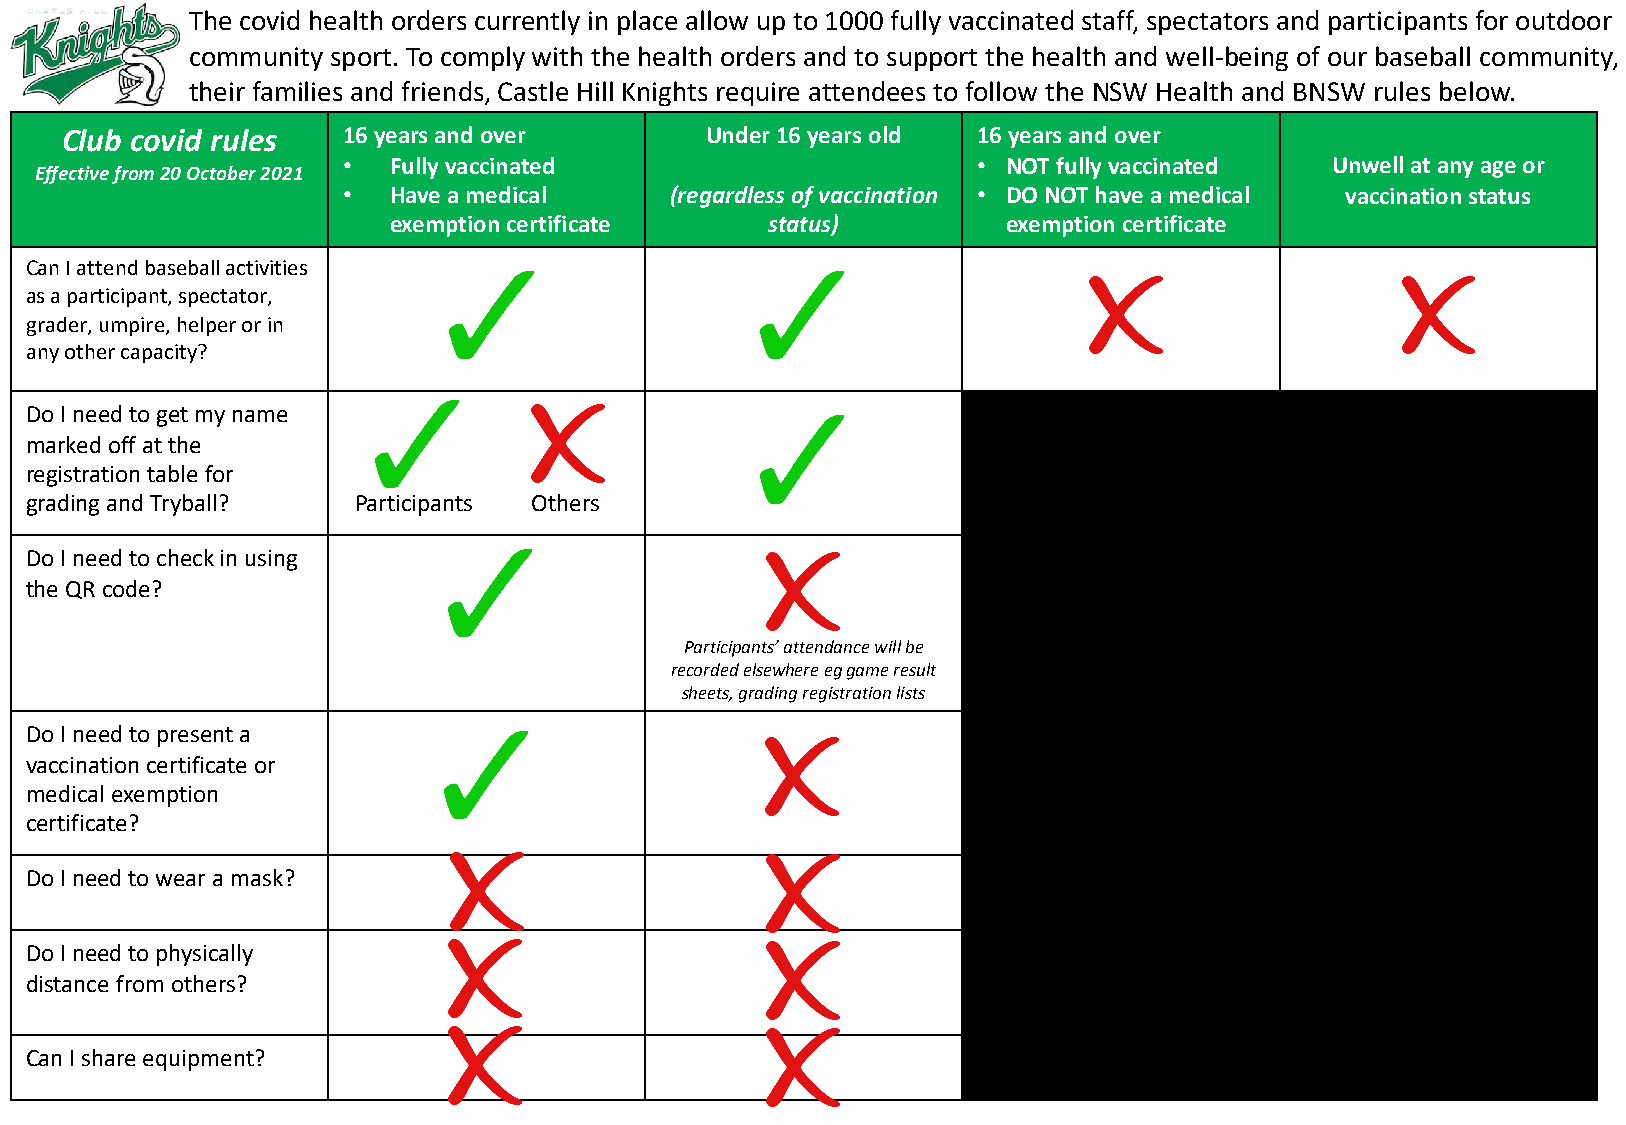
The covid health orders currently in place allow up to 1000 fully vaccinated staff, spectators and participants for outdoor
 community sport. To comply with the health orders and to support the health and well-being of our baseball community,
 their families and friends, Castle Hill Knights require attendees to follow the NSW Health and BNSW rules below.
 Club covid rules   16 years and over       Under 16 years old 16 years and over
 •  Fully vaccinated                       • NOT fully vaccinated Unwell at any age or
 Effective from 20 October 2021
 •  Have a medical    (regardless of vaccination • DO NOT have a medical vaccination status
 exemption certificate    status)         exemption certificate
 Can I attend baseball activities
 as a participant, spectator,
 grader, umpire, helper or in
 any other capacity?
 Do I need to get my name
 marked off at the
 registration table for
 grading and Tryball? Participants Others
 Do I need to check in using
 the QR code?
 Participants’ attendance will be
 recorded elsewhere eggame result
 sheets, grading registration lists
 Do I need to present a
 vaccination certificate or
 medical exemption
 certificate?
 Do I need to wear a mask?
 Do I need to physically
 distance from others?
 Can I share equipment?